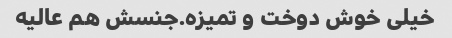
خیلی خوش دوخت و تمیزه.جنسش هم عالیه